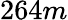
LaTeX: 264m